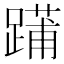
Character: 𨄳